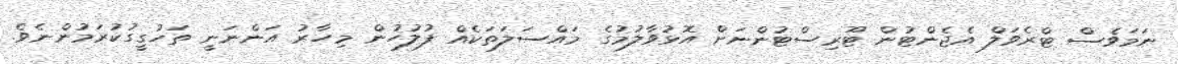
ނަމަވެސް ޓްރެވަލް އެޖެންޓުން ޓޫރިސްޓުންނަށް އޮޅުވާލުމުގެ މައްސަލަތަކެއް ފުލުހުން މިހާރު އަންނަނީ ތަހުގީގުކުރަމުންނެވެ.